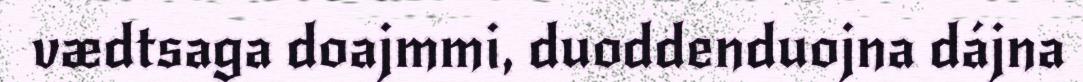
vædtsaga doajmmi, duoddenduojna dájna